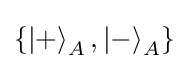
\{\left|+\right\rangle _{A},\left|-\right\rangle _{A}\}